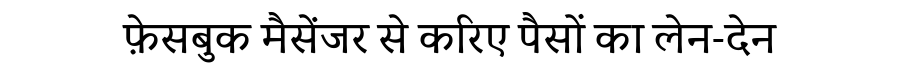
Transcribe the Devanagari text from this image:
फ़ेसबुक मैसेंजर से करिए पैसों का लेन-देन